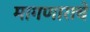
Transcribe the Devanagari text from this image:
मागणाराचे